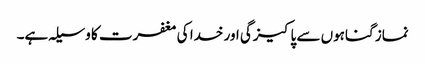
نماز گناہوں سے پاکیزگی اور خدا کی مغفرت کا وسیلہ ہے۔